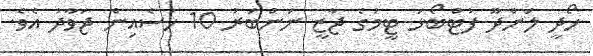
ހޯދީ ލަންދޫ ފުޓްބޯޅަ ޓީމުގެ ޖާޒީ ނަންބަރު 10 ހުސެއިން ޖަވާދު އެވެ.